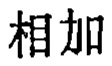
相加